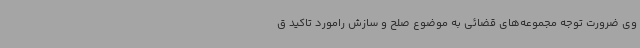
وی ضرورت توجه مجموعه‌های قضائی به موضوع صلح و سازش رامورد تاکید ق